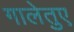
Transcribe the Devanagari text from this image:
गालेतुए